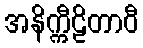
အနိက္ကီဠိတာဝီ